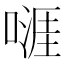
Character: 𠽎